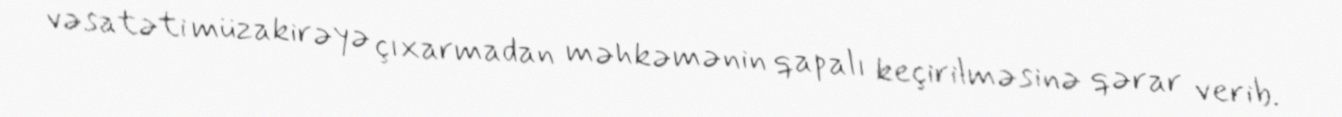
vəsatəti müzakirəyə çıxarmadan məhkəmənin qapalı keçirilməsinə qərar verib.